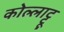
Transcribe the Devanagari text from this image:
कोल्लाट्टू